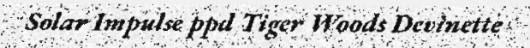
Solar Impulse ppd Tiger Woods Devinette